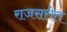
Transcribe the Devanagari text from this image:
राजसत्तेत